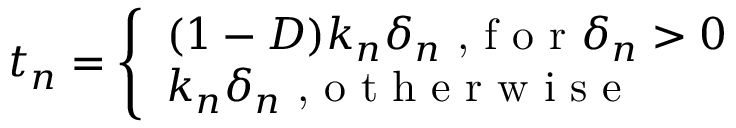
t _ { n } = \left\{ \begin{array} { l } { ( 1 - D ) k _ { n } \delta _ { n } \textrm { , f o r } \delta _ { n } > 0 } \\ { k _ { n } \delta _ { n } \textrm { , o t h e r w i s e } } \end{array} \right.